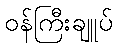
ဝန်ကြီးချူပ်